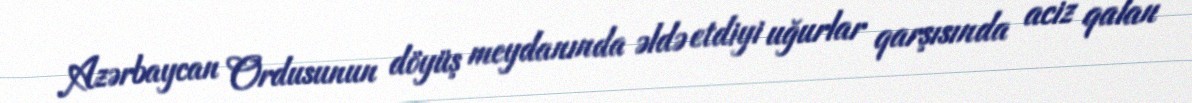
Azərbaycan Ordusunun döyüş meydanında əldə etdiyi uğurlar qarşısında aciz qalan